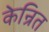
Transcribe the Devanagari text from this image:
केन्रित